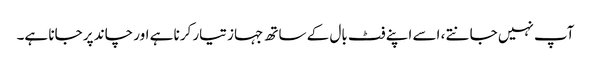
آپ نہیں جانتے ، اسے اپنے فٹ بال کے ساتھ جہاز تیار کرنا ہے اور چاند پر جانا ہے۔